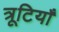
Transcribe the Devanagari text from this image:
त्रूटियाँ